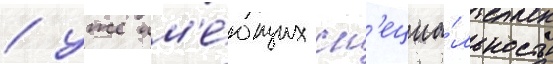
/ уже им'е́ющих сп'ециа́льность